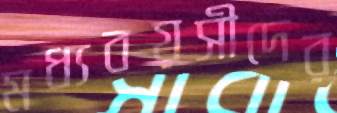
মধ্যবয়সীদের